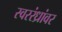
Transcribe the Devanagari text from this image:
स्वररंध्रांवर